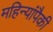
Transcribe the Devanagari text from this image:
महिन्यांपैकी